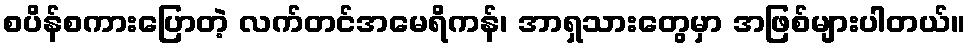
စပိန်စကားပြောတဲ့ လက်တင်အမေရိကန်၊ အာရှသားတွေမှာ အဖြစ်များပါတယ်။